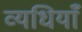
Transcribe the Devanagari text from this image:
व्यधियाँ